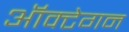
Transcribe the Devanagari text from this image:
ऑक्टेगन